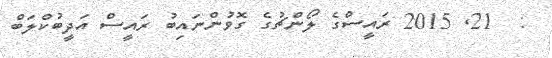
:  21